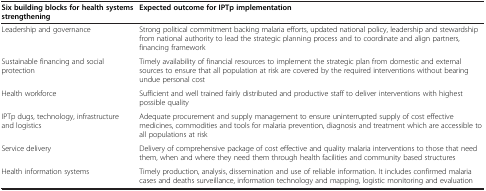
| Six building blocks for health systems strengthening | Expected outcome for IPTp implementation |
 | --- | --- |
 | Leadership and governance | Strong political commitment backing malaria efforts, updated national policy, leadership and stewardship from national authority to lead the strategic planning process and to coordinate and align partners, financing framework |
 | Sustainable financing and social protection | Timely availability of financial resources to implement the strategic plan from domestic and external sources to ensure that all population at risk are covered by the required interventions without bearing undue personal cost |
 | Health workforce | Sufficient and well trained fairly distributed and productive staff to deliver interventions with highest possible quality |
 | IPTp dugs, technology, infrastructure and logistics | Adequate procurement and supply management to ensure uninterrupted supply of cost effective medicines, commodities and tools for malaria prevention, diagnosis and treatment which are accessible to all populations at risk |
 | Service delivery | Delivery of comprehensive package of cost effective and quality malaria interventions to those that need them, when and where they need them through health facilities and community based structures |
 | Health information systems | Timely production, analysis, dissemination and use of reliable information. It includes confirmed malaria cases and deaths surveillance, information technology and mapping, logistic monitoring and evaluation |